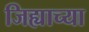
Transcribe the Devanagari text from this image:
जिह्याच्या